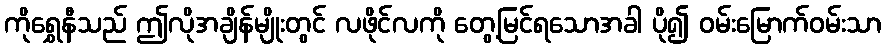
ကိုရွှေနီသည် ဤလိုအချိန်မျိုးတွင် လဖိုင်လကို တွေ့မြင်ရသောအခါ ပို၍ ဝမ်းမြောက်ဝမ်းသာ